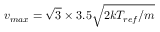
v _ { m a x } = \sqrt { 3 } \times 3 . 5 \sqrt { { 2 k T _ { r e f } } / { m } }